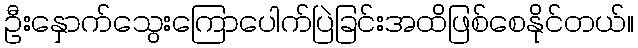
ဦးနှောက်သွေးကြောပေါက်ပြဲခြင်းအထိဖြစ်စေနိုင်တယ်။